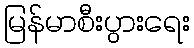
မြန်မာစီးပွားရေး